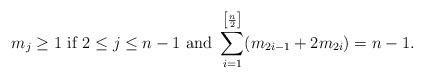
LaTeX: \begin{align*}m_j\geq 1\mbox{ if }2\leq j\leq n-1\mbox{ and }\sum_{i=1}^{\left[\frac{n}{2}\right]}(m_{2i-1}+2m_{2i})=n-1.\end{align*}